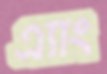
এ্যাং